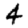
Digit: 4